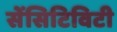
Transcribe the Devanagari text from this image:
सेंसिटिविटी